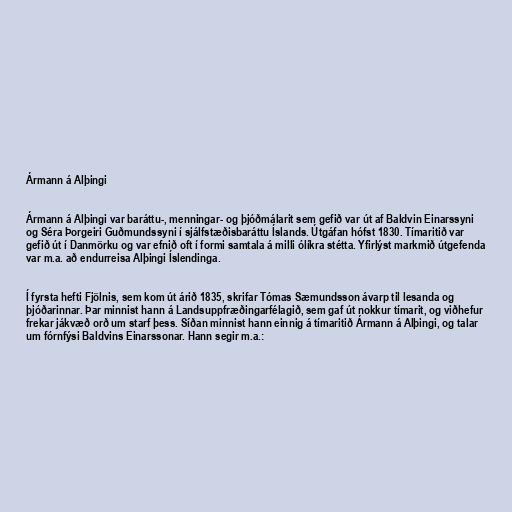
Ármann á Alþingi

Ármann á Alþingi var baráttu-, menningar- og þjóðmálarit sem gefið var út af Baldvin Einarssyni
og Séra Þorgeiri Guðmundssyni í sjálfstæðisbaráttu Íslands. Útgáfan hófst 1830. Tímaritið var
gefið út í Danmörku og var efnið oft í formi samtala á milli ólíkra stétta. Yfirlýst markmið útgefenda
var m.a. að endurreisa Alþingi Íslendinga.

Í fyrsta hefti Fjölnis, sem kom út árið 1835, skrifar Tómas Sæmundsson ávarp til lesanda og
þjóðarinnar. Þar minnist hann á Landsuppfræðingarfélagið, sem gaf út nokkur tímarit, og viðhefur
frekar jákvæð orð um starf þess. Síðan minnist hann einnig á tímaritið Ármann á Alþingi, og talar
um fórnfýsi Baldvins Einarssonar. Hann segir m.a.: